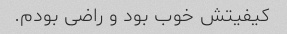
کیفیتش خوب بود و راضی بودم.